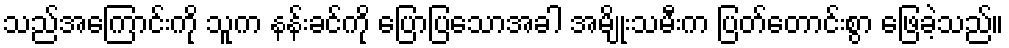
သည်အကြောင်းကို သူက နန်းခင်ကို ပြောပြသောအခါ အမျိုးသမီးက ပြတ်တောင်းစွာ ဖြေခဲ့သည်။